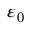
\varepsilon _ { 0 }